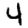
Digit: 4